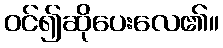
ဝင်၍ဆိုပေးလေ၏။